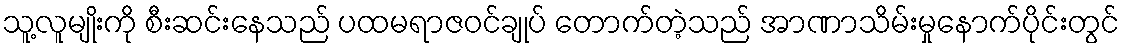
သူ့လူမျိုးကို စီးဆင်းနေသည် ပထမရာဇဝင်ချုပ် တောက်တဲ့သည် အာဏာသိမ်းမှုနောက်ပိုင်းတွင်